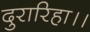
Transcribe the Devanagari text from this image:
दुरारिहा।।